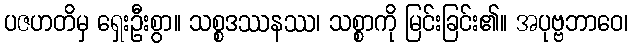
ပဇဟတိမှ ရှေးဦးစွာ။ သစ္စဒဿနဿ၊ သစ္စာကို မြင်းခြင်း၏။ အပုဗ္ဗဘာဝေ၊